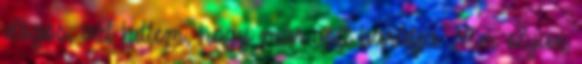
dögös, azt hittem, hogy már volt barátja. Nem olyan